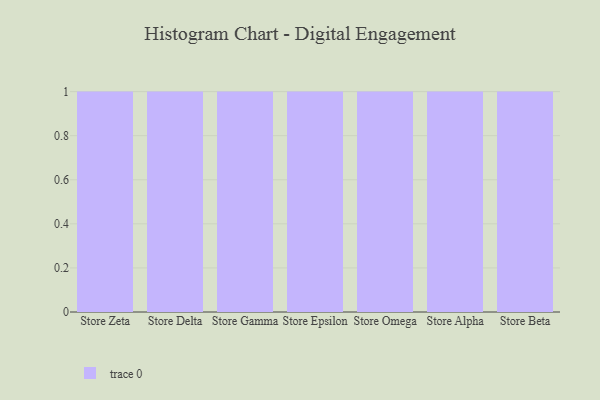
{"axis": {"x": "Store", "y": "Page Views"}, "legend": [""], "data": [{"x": "Store Zeta", "y": 30, "type": ""}, {"x": "Store Delta", "y": 92, "type": ""}, {"x": "Store Gamma", "y": 53, "type": ""}, {"x": "Store Epsilon", "y": 20, "type": ""}, {"x": "Store Omega", "y": 97, "type": ""}, {"x": "Store Alpha", "y": 50, "type": ""}, {"x": "Store Beta", "y": 45, "type": ""}]}